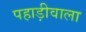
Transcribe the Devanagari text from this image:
पहाड़ीवाला